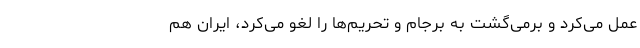
عمل می‌کرد و برمی‌گشت به برجام و تحریم‌ها را لغو می‌کرد، ایران هم